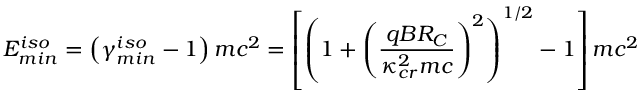
E _ { m i n } ^ { i s o } = \left( \gamma _ { m i n } ^ { i s o } - 1 \right) m c ^ { 2 } = \left[ \left( 1 + \left( \frac { q B R _ { C } } { \kappa _ { c r } ^ { 2 } m c } \right) ^ { 2 } \right) ^ { 1 / 2 } - 1 \right] m c ^ { 2 }